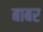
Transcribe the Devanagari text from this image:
बाबर